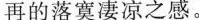
再的落寞凄凉之感。